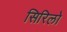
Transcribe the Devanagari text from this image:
सिरिलो